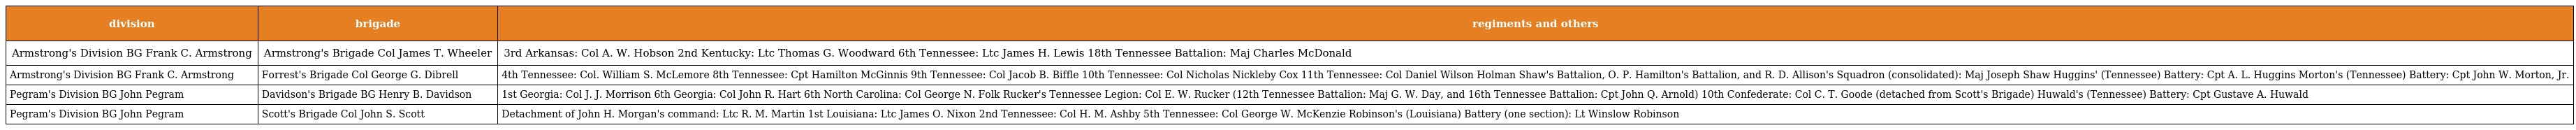
| division | brigade | regiments and others |
 | --- | --- | --- |
 | Armstrong's Division BG Frank C. Armstrong | Armstrong's Brigade Col James T. Wheeler | 3rd Arkansas: Col A. W. Hobson 2nd Kentucky: Ltc Thomas G. Woodward 6th Tennessee: Ltc James H. Lewis 18th Tennessee Battalion: Maj Charles McDonald |
 | Armstrong's Division BG Frank C. Armstrong | Forrest's Brigade Col George G. Dibrell | 4th Tennessee: Col. William S. McLemore 8th Tennessee: Cpt Hamilton McGinnis 9th Tennessee: Col Jacob B. Biffle 10th Tennessee: Col Nicholas Nickleby Cox 11th Tennessee: Col Daniel Wilson Holman Shaw's Battalion, O. P. Hamilton's Battalion, and R. D. Allison's Squadron (consolidated): Maj Joseph Shaw Huggins' (Tennessee) Battery: Cpt A. L. Huggins Morton's (Tennessee) Battery: Cpt John W. Morton, Jr. |
 | Pegram's Division BG John Pegram | Davidson's Brigade BG Henry B. Davidson | 1st Georgia: Col J. J. Morrison 6th Georgia: Col John R. Hart 6th North Carolina: Col George N. Folk Rucker's Tennessee Legion: Col E. W. Rucker (12th Tennessee Battalion: Maj G. W. Day, and 16th Tennessee Battalion: Cpt John Q. Arnold) 10th Confederate: Col C. T. Goode (detached from Scott's Brigade) Huwald's (Tennessee) Battery: Cpt Gustave A. Huwald |
 | Pegram's Division BG John Pegram | Scott's Brigade Col John S. Scott | Detachment of John H. Morgan's command: Ltc R. M. Martin 1st Louisiana: Ltc James O. Nixon 2nd Tennessee: Col H. M. Ashby 5th Tennessee: Col George W. McKenzie Robinson's (Louisiana) Battery (one section): Lt Winslow Robinson |